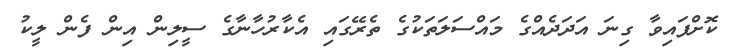
ކޮށްފައިވާ ގިނަ އަދަދެއްގެ މައްސަލަތަކުގެ ތެރޭގައި އެކާރުހާނާގެ ސީލިން އިން ފެން ލީކު